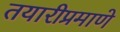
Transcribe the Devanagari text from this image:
तयारीप्रमाणे